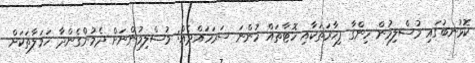
ކޮޅުނބުގައި މުސްލިމުން ހިންގާ ފިހާރަތަކާއި ހޮޓާތައް ހުންނަ ސަރަހައްދެއް: މުސްލިމުންނަށް ދެމުންގެންދާ ހަމަލާތަކަށް